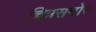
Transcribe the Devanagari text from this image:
चित्रसमोर